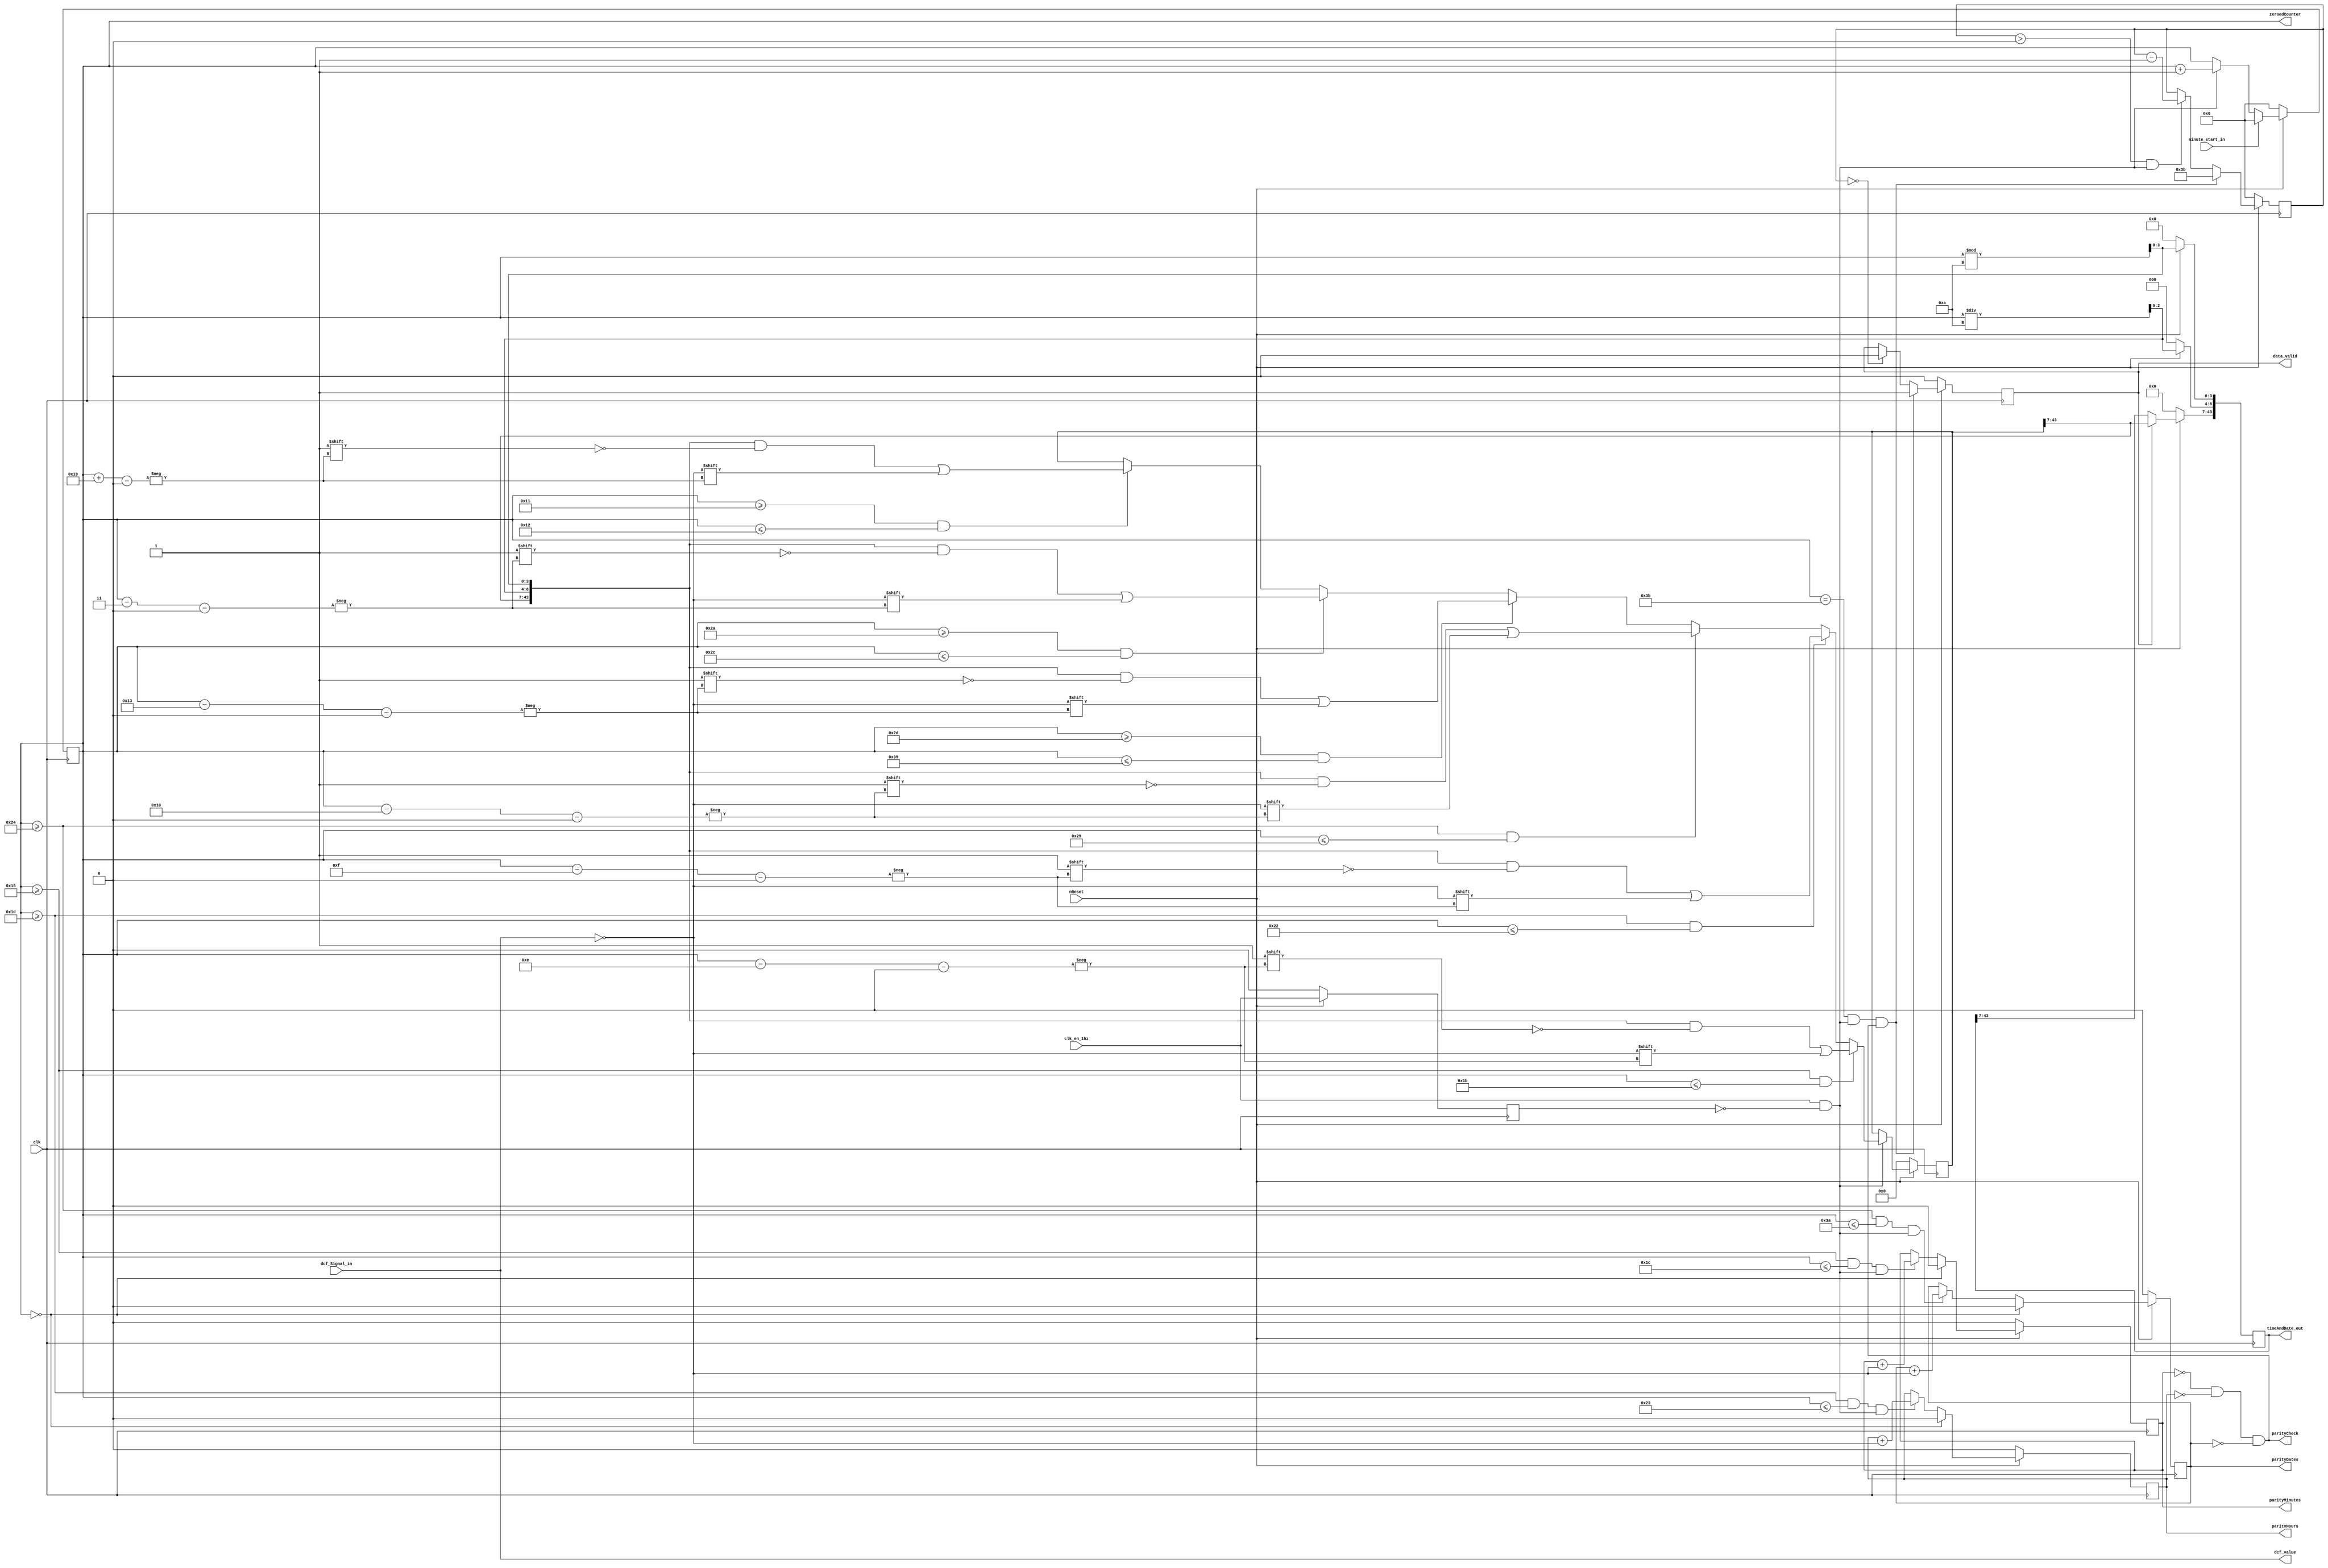
// ------------------------------------------------------------------------- --
// Title         : DCF77-Decoder
// Project       : Praktikum FPGA-Entwurfstechnik
// ------------------------------------------------------------------------- --
// Company       : IDS RWTH Aachen 
// ------------------------------------------------------------------------- --
// Description   : Decodes the dcf77 signal
// ------------------------------------------------------------------------- --
// Revisions     :
// Date        Version  Author  Description
// 2018/09/20  1.0      TS      Created
// ------------------------------------------------------------------------- --

module dcf77_decoder(clk,             // Global 10MHz clock 
                     clk_en_1hz,      // Indicates start of second
                     nReset,          // Global reset
                     minute_start_in, // New minute trigger
                     dcf_Signal_in,   // DFC Signal
                     timeAndDate_out,
                     parityCheck,
                     parityMinutes,
                     parityHours,
                     zeroedCounter,
                     parityDates,
                     data_valid,      // Control signal, High if data is valid
                     dcf_value);      // Decoded value of dcf input signal
                     
input clk, 
      clk_en_1hz,     
      nReset,  
      minute_start_in,
      dcf_Signal_in;  
      
output reg[43:0]  timeAndDate_out= 44'b0;
reg[43:0] timeAndDate_outemp = 44'b0;
output reg        data_valid;
output            dcf_value;
   
// ---------- YOUR CODE HERE ---------- 
output reg[10:0] zeroedCounter;
reg clk1hzPast;
output reg  parityMinutes;
output reg  parityHours;
output reg  parityDates;
reg[10:0] validcounter;
wire dcf_value = dcf_Signal_in;
wire posedgeClk1hz = clk_en_1hz == 1 && clk1hzPast == 0;
output wire parityCheck;
assign parityCheck = !parityMinutes && !parityHours && !parityDates;
wire[10:0] minStore = zeroedCounter -14;
wire[10:0] hourStore = zeroedCounter -15;
wire[10:0] dayStore = zeroedCounter -16;
wire[10:0] monthYearStore = zeroedCounter -19;
wire[10:0] weekdayStore = zeroedCounter -3;
wire[10:0] timezoneStore = zeroedCounter +25;
wire[3:0] lowSecond = zeroedCounter % 10;
wire[2:0] hignSecond = zeroedCounter / 10;

always@(posedge clk) begin
  if (!nReset) timeAndDate_outemp <=  44'b0;
  else if (!posedgeClk1hz) timeAndDate_outemp <= timeAndDate_outemp;
  else begin timeAndDate_outemp[3:0] <= lowSecond;
             timeAndDate_outemp[6:4] <= hignSecond;
  if (zeroedCounter >= 10'd21 && zeroedCounter <= 10'd27) timeAndDate_outemp[minStore] <= !dcf_Signal_in;
  else if (zeroedCounter >= 10'd29 && zeroedCounter <= 10'd34) timeAndDate_outemp[hourStore] <= !dcf_Signal_in;
  else if (zeroedCounter >= 10'd36 && zeroedCounter <= 10'd41) timeAndDate_outemp[dayStore] <= !dcf_Signal_in;
  else if (zeroedCounter >= 10'd45 && zeroedCounter <= 10'd57) timeAndDate_outemp[monthYearStore] <= !dcf_Signal_in;
  else if (zeroedCounter >= 10'd42 && zeroedCounter <= 10'd44) timeAndDate_outemp[weekdayStore] <= !dcf_Signal_in;
  else if (zeroedCounter >= 10'd17 && zeroedCounter <= 10'd18) timeAndDate_outemp[timezoneStore] <= !dcf_Signal_in;
  else  timeAndDate_outemp <= timeAndDate_outemp;
  end
end

always@(posedge clk) begin
  if (!nReset) clk1hzPast <=  0;
  else clk1hzPast <=  clk_en_1hz;
end

always@(posedge clk) begin
  if(!nReset) zeroedCounter <= 0;
  else if (minute_start_in) zeroedCounter <= 0;
  else if (posedgeClk1hz) zeroedCounter <= zeroedCounter+1;
  else zeroedCounter <= zeroedCounter;
end

always@(posedge clk) begin
  if (!nReset) parityMinutes <= 0;
  else if (zeroedCounter == 0) parityMinutes <= 0;
  else if (zeroedCounter >= 10'd21 && zeroedCounter <= 10'd28 && posedgeClk1hz) parityMinutes <= parityMinutes + !dcf_Signal_in;
  else parityMinutes <= parityMinutes;
end

always@(posedge clk) begin
  if (!nReset) parityHours <= 0;
  else if (zeroedCounter == 0) parityHours <= 0;
  else if (zeroedCounter >= 10'd29 && zeroedCounter <= 10'd35 && posedgeClk1hz) parityHours <= parityHours + !dcf_Signal_in;
  else parityHours <= parityHours;
end

always@(posedge clk) begin
  if (!nReset) parityDates <= 0;
  else if (zeroedCounter == 0) parityDates <= 0;
  else if (zeroedCounter >= 10'd36 && zeroedCounter <= 10'd58 && posedgeClk1hz) parityDates <= parityDates + !dcf_Signal_in;
  else parityDates <= parityDates;
end

always@ (posedge clk) begin
  if (!nReset) validcounter <= 0;
  else if(zeroedCounter == 59 && posedgeClk1hz && parityCheck) validcounter <= 59;
  else if (validcounter > 0 && posedgeClk1hz) validcounter <= validcounter -1;
  else validcounter <= validcounter;

end

always@ (posedge clk) begin
  if (!nReset) data_valid <= 0;
  else if (zeroedCounter == 59 && posedgeClk1hz && parityCheck) data_valid <= 1;
  else if (validcounter == 0) data_valid <= 0;
  else data_valid <= data_valid;
end

always@(posedge clk) begin
  if (!nReset)timeAndDate_out <= 44'b0;
  else begin
    timeAndDate_out[3:0] <= lowSecond;
    timeAndDate_out[6:4] <= hignSecond;
    if(data_valid) timeAndDate_out[43:7] <= timeAndDate_outemp[43:7];
  else timeAndDate_out[43:7] <= timeAndDate_out[43:7];
  end
end
endmodule